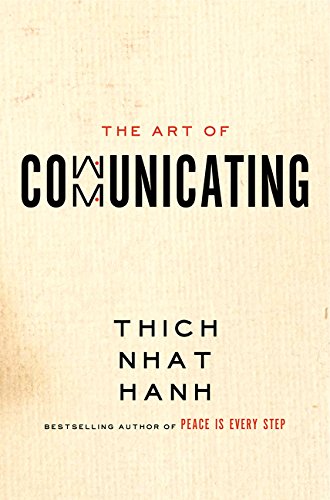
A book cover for The Art of Communicating; Thich Nhat Hanh; Self-Help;